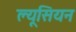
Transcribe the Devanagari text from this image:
ल्यूसियन